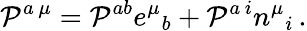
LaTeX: {\cal P}^{a\, \mu}={\cal P}^{ab}e^{\mu}{}_{b}+{\cal P}^{a\, i}n^{\mu}{}_{i}\, .